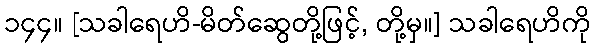
၁၄၄။ [သခါရေဟိ-မိတ်ဆွေတို့ဖြင့်, တို့မှ။] သခါရေဟိကို